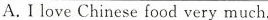
.I love Chinese food very much.